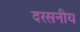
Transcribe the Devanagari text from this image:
दरसनीय